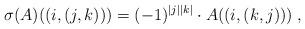
LaTeX: \begin{align*}\sigma(A)((i,(j,k))) = (-1)^{|j||k|} \cdot A((i,(k,j)))\;,\end{align*}